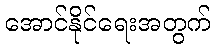
အောင်နိုင်ရေးအတွက်